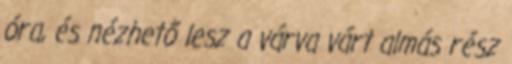
óra, és nézhető lesz a várva várt almás rész